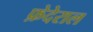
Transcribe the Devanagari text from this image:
फ़ेदेराल